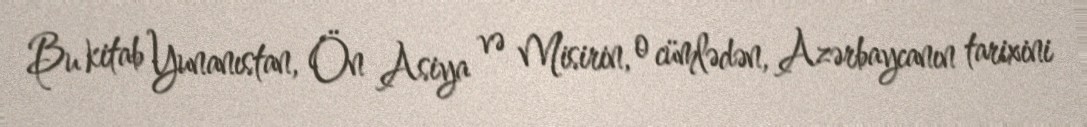
Bu kitab Yunanıstan, Ön Asiya və Misirin, o cümlədən, Azərbaycanın tarixini